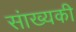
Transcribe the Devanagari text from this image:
संाख्यकी